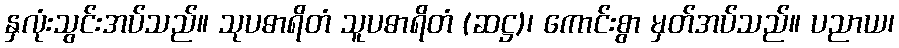
နှလုံးသွင်းအပ်သည်။ သုပဓာရိတံ သူပဓာရိတံ (ဆဋ္ဌ)၊ ကောင်းစွာ မှတ်အပ်သည်။ ပညာယ၊